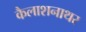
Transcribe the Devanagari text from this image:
कैलाशनाथर